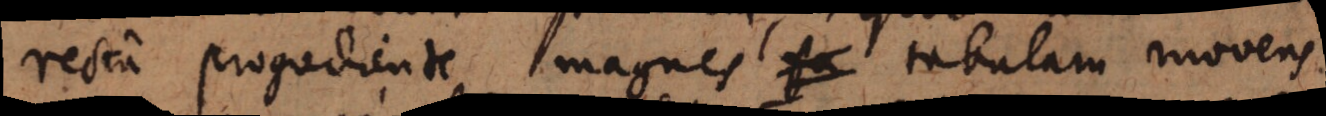
recta progrediente magnes tabulam movens